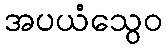
အပယံသွေဝ